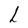
Character: L